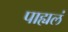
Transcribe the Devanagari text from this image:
पाह्यलं